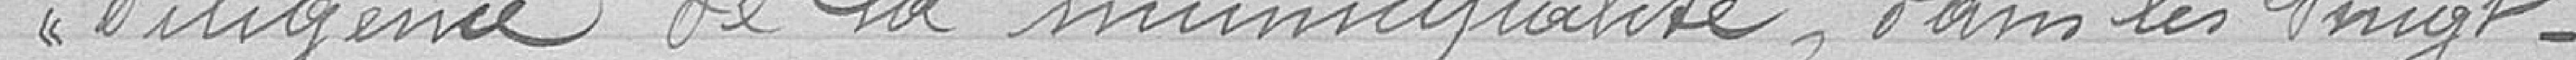
diligence de la municipalité, dans les vingt